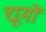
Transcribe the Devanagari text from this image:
द्यूमों